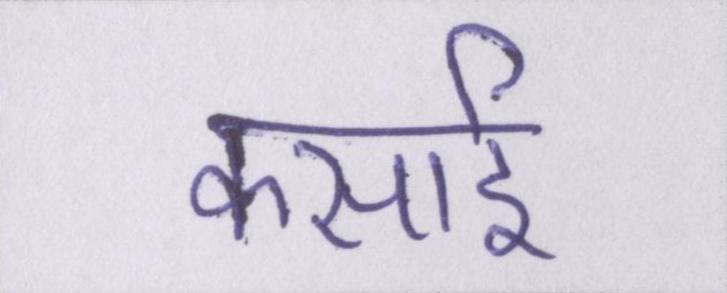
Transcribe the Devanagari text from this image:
कसाई